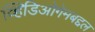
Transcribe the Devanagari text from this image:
व्हिडिओगेमबद्दल